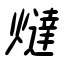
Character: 燵